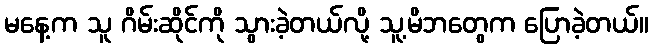
မနေ့က သူ ဂိမ်းဆိုင်ကို သွားခဲ့တယ်လို့ သူ့မိဘတွေက ပြောခဲ့တယ်။